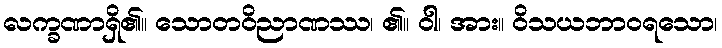
လက္ခဏာရှိ၏။ သောတဝိညာဏဿ၊ ၏။ ဝါ၊ အား။ ဝိသယဘာဝရသော၊